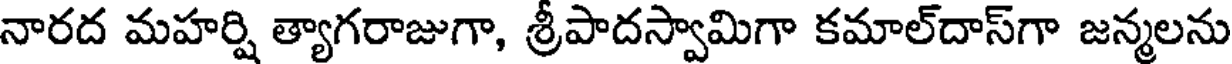
నారద మహర్షి త్యాగరాజుగా, శ్రీపాదస్వామిగా కమాల్దాస్గా జన్మలను